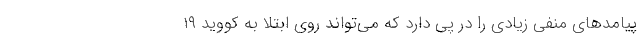
پیامدهای منفی زیادی را در پی دارد که می‌تواند روی ابتلا به کووید ۱۹